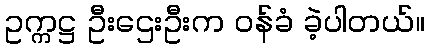
ဥက္ကဋ္ဌ ဦးဌေးဦးက ဝန်ခံ ခဲ့ပါတယ်။